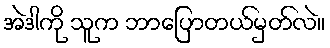
အဲဒါကို သူက ဘာပြောတယ်မှတ်လဲ။